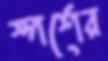
স্পর্শের